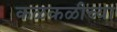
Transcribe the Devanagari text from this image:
कळकळीच्या